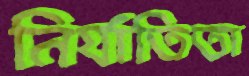
নির্যাতিতা